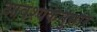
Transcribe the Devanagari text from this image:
आवश्यकेनुसार